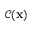
\mathcal C ( \ensuremath { \mathbf { x } } )